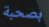
بصحبة